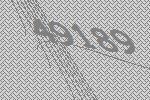
49189